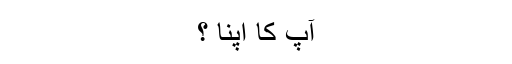
آپ کا اپنا ؟